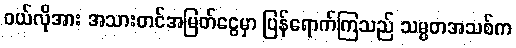
၀ယ်လိုအား အသားတင်အမြတ်ငွေမှာ ပြန်ရောက်ကြသည် သမ္မတအသစ်က